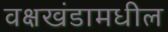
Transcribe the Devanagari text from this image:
वक्षखंडामधील